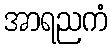
အာရညကံ